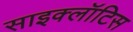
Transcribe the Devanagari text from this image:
साइक्लॉटिस